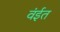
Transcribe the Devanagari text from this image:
वंईत